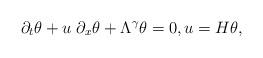
LaTeX: \begin{align*}\partial_t \theta + u \; \partial_x \theta + \Lambda^\gamma \theta = 0, u = H \theta,\end{align*}